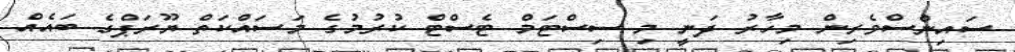
ސައިންސްވެރިން މިހާރު ދަނީ މި ސިސްޓަމް ޓެސްޓް ކުރުމުގެ މަސައްކަތް ޔޫރަޕްގެ ބައެއް